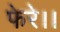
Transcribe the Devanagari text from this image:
फेरे।।